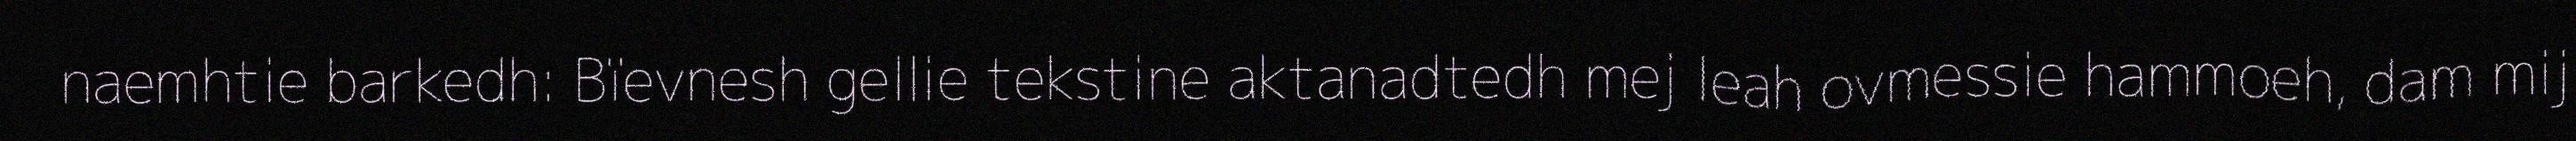
naemhtie barkedh: Bïevnesh gellie tekstine aktanadtedh mej leah ovmessie hammoeh, dam mij